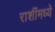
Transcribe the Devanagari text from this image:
राशींमध्ये